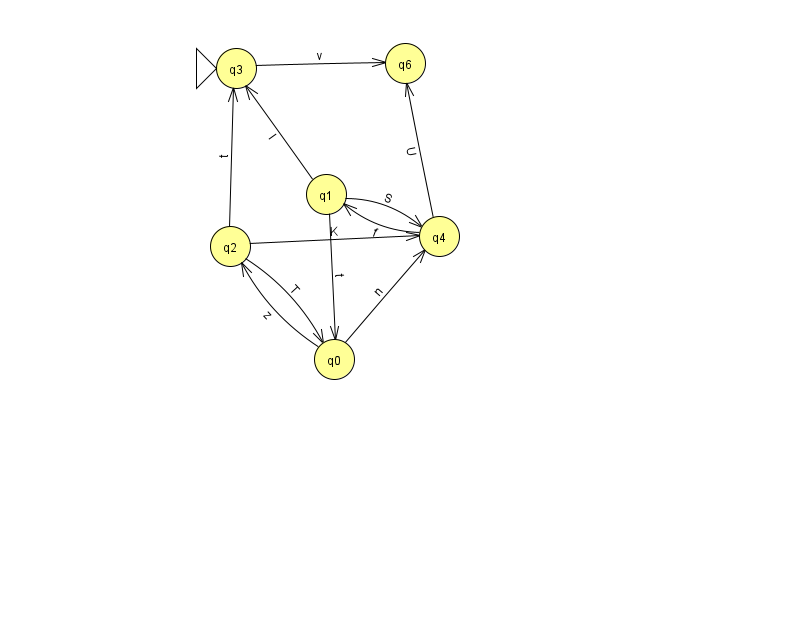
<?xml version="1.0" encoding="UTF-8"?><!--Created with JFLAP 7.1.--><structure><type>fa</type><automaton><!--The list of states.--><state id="0" name="q0"><x>334.0</x><y>346.0</y></state><state id="1" name="q1"><x>326.0</x><y>181.0</y></state><state id="2" name="q2"><x>230.0</x><y>233.0</y></state><state id="3" name="q3"><x>236.0</x><y>55.0</y><initial/></state><state id="4" name="q4"><x>439.0</x><y>223.0</y></state><state id="6" name="q6"><x>405.0</x><y>50.0</y></state><!--The list of transitions.--><transition><from>4</from><to>6</to><read>U</read></transition><transition><from>2</from><to>3</to><read>t</read></transition><transition><from>2</from><to>4</to><read>K</read></transition><transition><from>0</from><to>2</to><read>z</read></transition><transition><from>2</from><to>0</to><read>T</read></transition><transition><from>4</from><to>1</to><read>f</read></transition><transition><from>0</from><to>4</to><read>n</read></transition><transition><from>1</from><to>3</to><read>I</read></transition><transition><from>1</from><to>0</to><read>t</read></transition><transition><from>3</from><to>6</to><read>v</read></transition><transition><from>1</from><to>4</to><read>S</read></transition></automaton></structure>